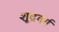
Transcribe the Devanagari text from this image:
शूद्रवर्ग